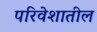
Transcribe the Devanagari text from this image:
परिवेशातील